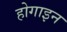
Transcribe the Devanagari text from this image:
होगाइन